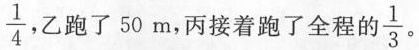
\frac{1}{4} ，乙跑了 50 m，丙接着跑了全程的 \frac{1}{3}。